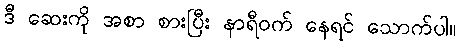
ဒီ ဆေးကို အစာ စားပြီး နာရီဝက် နေရင် သောက်ပါ။